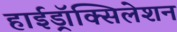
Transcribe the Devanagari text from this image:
हाईड्रॉक्सिलेशन